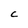
Character: C